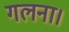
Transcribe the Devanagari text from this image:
गलना।